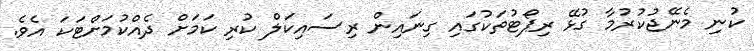
ކުނި މެނޭޖުކުރުމާ ގުޅޭ ރިޕޯޓުތަކުގައި ގިނައިން ރިސައިކަލް ކުރި ކަމަށް ދެއްކުމަށްޓަކަ އެވެ.